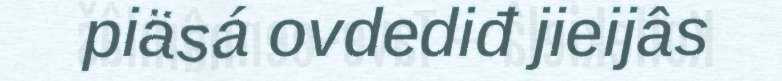
piäsá ovdediđ jieijâs